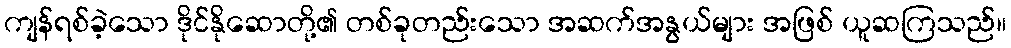
ကျန်ရစ်ခဲ့သော ဒိုင်နိုဆောတို့၏ တစ်ခုတည်းသော အဆက်အနွယ်များ အဖြစ် ယူဆကြသည်။